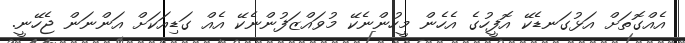
އެއްގޮތަށް އަޅުގަނޑެކޭ އޮފީހުގެ އެހެން މީހުންނެކޭ މުވައްޒަފުންނެކޭ އެއް ގަޑިއަކަށް އަންނަން ޖެހޭނީ.